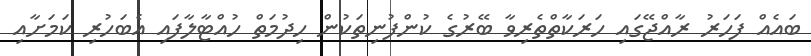
ބައެއް ފަހަރު ރާއްޖޭގައި ހަރަކާތްތެރިވާ ބޭރުގެ ކުންފުނިތަކުން ހިދުމަތް ހުއްޓާލާފައި އެބަހުރި ކަމަށާއި